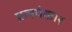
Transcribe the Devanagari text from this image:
प्रलयंकार